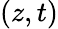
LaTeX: (z,t)